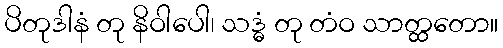
ပိတုဒါနံ တု နိဝါပေါ၊ သဒ္ဓံ တု တံဝ သာတ္ထတော။